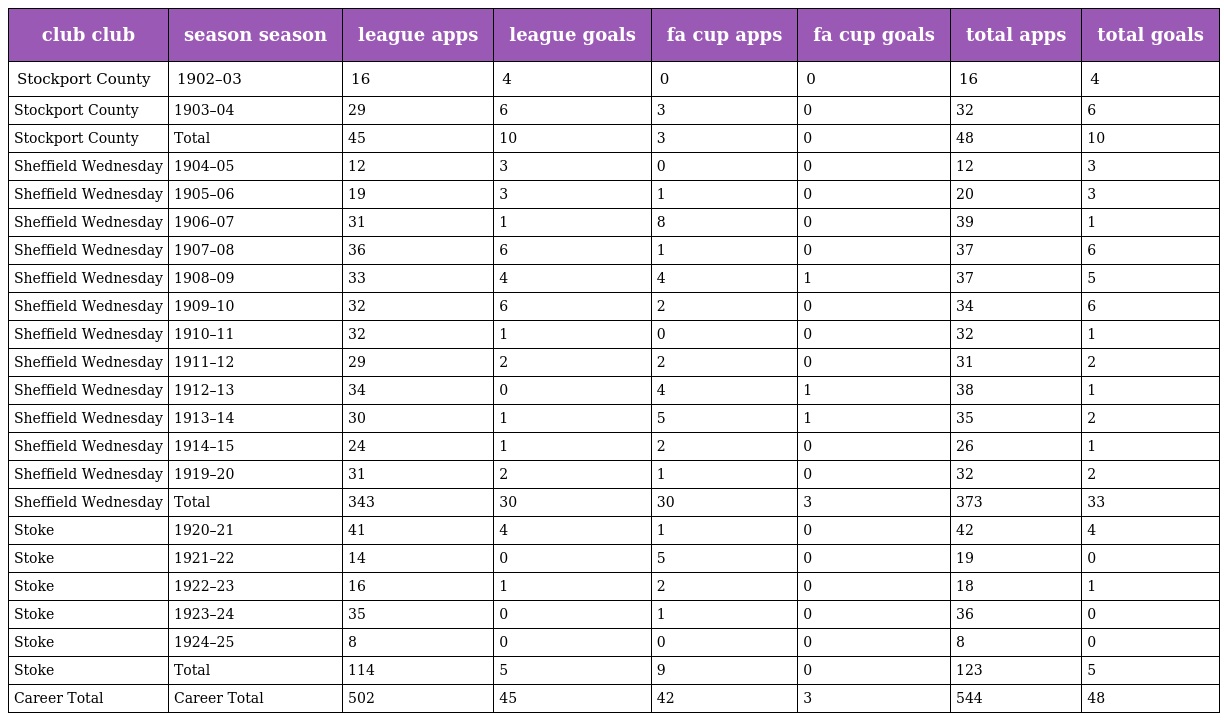
| club club | season season | league apps | league goals | fa cup apps | fa cup goals | total apps | total goals |
 | --- | --- | --- | --- | --- | --- | --- | --- |
 | Stockport County | 1902–03 | 16 | 4 | 0 | 0 | 16 | 4 |
 | Stockport County | 1903–04 | 29 | 6 | 3 | 0 | 32 | 6 |
 | Stockport County | Total | 45 | 10 | 3 | 0 | 48 | 10 |
 | Sheffield Wednesday | 1904–05 | 12 | 3 | 0 | 0 | 12 | 3 |
 | Sheffield Wednesday | 1905–06 | 19 | 3 | 1 | 0 | 20 | 3 |
 | Sheffield Wednesday | 1906–07 | 31 | 1 | 8 | 0 | 39 | 1 |
 | Sheffield Wednesday | 1907–08 | 36 | 6 | 1 | 0 | 37 | 6 |
 | Sheffield Wednesday | 1908–09 | 33 | 4 | 4 | 1 | 37 | 5 |
 | Sheffield Wednesday | 1909–10 | 32 | 6 | 2 | 0 | 34 | 6 |
 | Sheffield Wednesday | 1910–11 | 32 | 1 | 0 | 0 | 32 | 1 |
 | Sheffield Wednesday | 1911–12 | 29 | 2 | 2 | 0 | 31 | 2 |
 | Sheffield Wednesday | 1912–13 | 34 | 0 | 4 | 1 | 38 | 1 |
 | Sheffield Wednesday | 1913–14 | 30 | 1 | 5 | 1 | 35 | 2 |
 | Sheffield Wednesday | 1914–15 | 24 | 1 | 2 | 0 | 26 | 1 |
 | Sheffield Wednesday | 1919–20 | 31 | 2 | 1 | 0 | 32 | 2 |
 | Sheffield Wednesday | Total | 343 | 30 | 30 | 3 | 373 | 33 |
 | Stoke | 1920–21 | 41 | 4 | 1 | 0 | 42 | 4 |
 | Stoke | 1921–22 | 14 | 0 | 5 | 0 | 19 | 0 |
 | Stoke | 1922–23 | 16 | 1 | 2 | 0 | 18 | 1 |
 | Stoke | 1923–24 | 35 | 0 | 1 | 0 | 36 | 0 |
 | Stoke | 1924–25 | 8 | 0 | 0 | 0 | 8 | 0 |
 | Stoke | Total | 114 | 5 | 9 | 0 | 123 | 5 |
 | Career Total | Career Total | 502 | 45 | 42 | 3 | 544 | 48 |